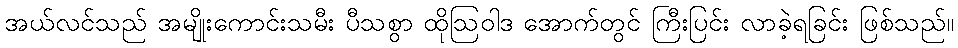
အယ်လင်သည် အမျိုးကောင်းသမီး ပီသစွာ ထိုဩဝါဒ အောက်တွင် ကြီးပြင်း လာခဲ့ရခြင်း ဖြစ်သည်။